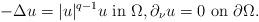
LaTeX: \begin{align*}-\Delta u=|u|^{q-1}u\ \hbox{in}\ \Omega,\partial_\nu u=0\ \hbox{on}\ \partial\Omega.\end{align*}